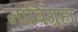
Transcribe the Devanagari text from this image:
नाबिग़्हा